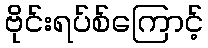
ဗိုင်းရပ်စ်ကြောင့်